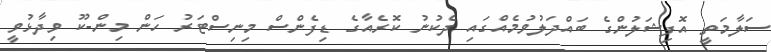
ސަލާމަތީ އޮފިޝަލުންގެ ބައްދަލުވުމެއްގައި ދެކުނު ކޮރެއާގެ ޑިފެންސް މިނިސްޓަރު ހަން މިން-ކޫ ވިދާޅުވީ